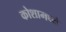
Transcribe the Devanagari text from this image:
कोशामध्ये